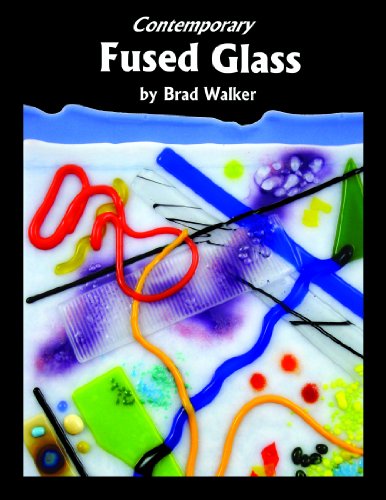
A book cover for Contemporary Fused Glass; Brad Walker; Crafts, Hobbies & Home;